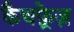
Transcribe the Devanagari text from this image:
कैचफ़्रेज़